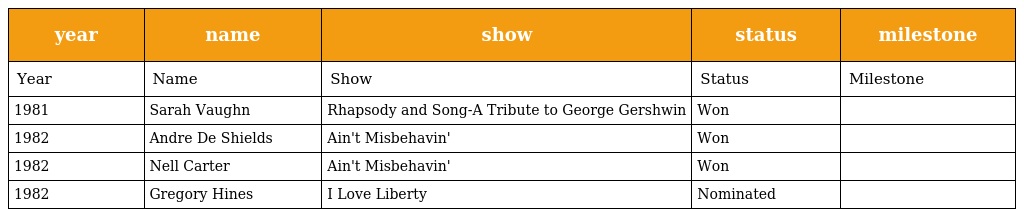
| year | name | show | status | milestone |
 | --- | --- | --- | --- | --- |
 | Year | Name | Show | Status | Milestone |
 | 1981 | Sarah Vaughn | Rhapsody and Song-A Tribute to George Gershwin | Won |  |
 | 1982 | Andre De Shields | Ain't Misbehavin' | Won |  |
 | 1982 | Nell Carter | Ain't Misbehavin' | Won |  |
 | 1982 | Gregory Hines | I Love Liberty | Nominated |  |